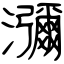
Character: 瀰